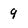
Character: 9